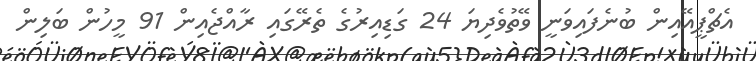
އެޗްޕީއޭއިން ބުނެފައިވަނީ ވޭތުވެދިޔަ 24 ގަޑިއިރުގެ ތެރޭގައި ރާއްޖެއިން 91 މީހުން ބަލިން